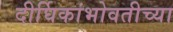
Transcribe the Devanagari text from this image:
दीर्घिकांभोवतीच्या